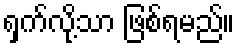
ရှက်လို့သာ ဖြစ်ရမည်။